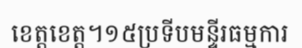
ខេត្តខេត្ត។១៥ប្រទីបមន្ទីរធម្មការ